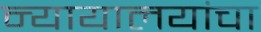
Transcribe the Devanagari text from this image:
न्यायालयांचा